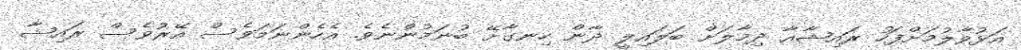
އަޅުވާލުމަށްފަހު ރައިޝާއާ ދިމާލަށް ބަލައިލީ ދާން ހިނގާށޭ ބުނަމުންނެވެ. އެހެންނަމަވެސް އޭރުވެސް ރައިޝާ